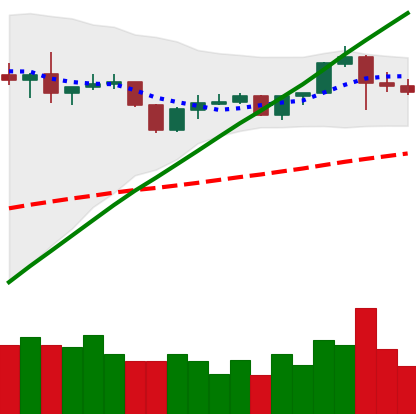
Ticker: BNB-USD
Chart end date: 2019-06-16
Forward return: 19.792%
Label: up_7plus